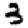
Digit: 3